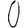
Digit: 0